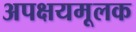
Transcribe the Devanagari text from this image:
अपक्षयमूलक